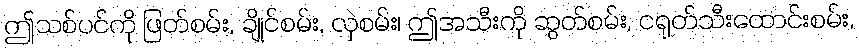
ဤသစ်ပင်ကို ဖြတ်စမ်း, ချိုင်စမ်း, လှဲစမ်း၊ ဤအသီးကို ဆွတ်စမ်း, ငရုတ်သီးထောင်းစမ်း,